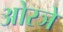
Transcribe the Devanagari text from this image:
ओरञे